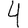
Digit: 4